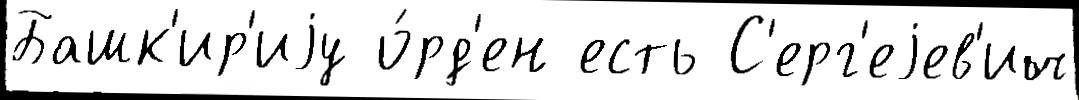
Башк'ир'иjу о́рд'ен есть С'ерг'еjев'ич